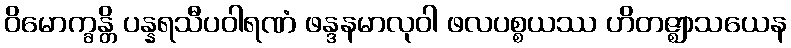
ဝိမောက္ခန္တိ ပန္နရသီပဝါရဏံ ဖန္ဒနမာလုဝါ ဖလပစ္စယဿ ဟိတဇ္ဈာသယေန